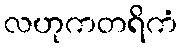
လဟုကတရိကံ